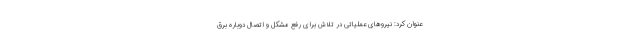
عنوان کرد: نیروهای عملیاتی در تلاش برای رفع مشکل و اتصال دوباره برق